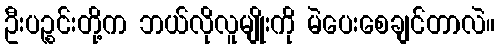
ဦးပဉ္စင်းတို့က ဘယ်လိုလူမျိုးကို မဲပေးစေချင်တာလဲ။